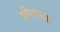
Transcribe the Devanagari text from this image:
हरिदासपूर